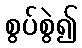
စွပ်စွဲ၍